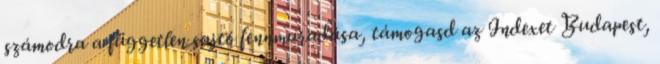
számodra a független sajtó fennmaradása, támogasd az Indexet Budapest,